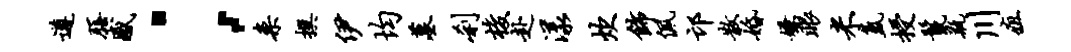
遵膳感；案撰伊均墓刹梭赴漾炊饰佩邙散婚嫌眼米氲授鬣瓶川疽